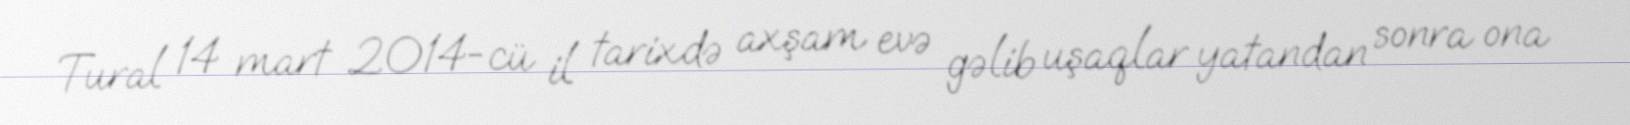
Tural 14 mart 2014-cü il tarixdə axşam evə gəlib uşaqlar yatandan sonra ona